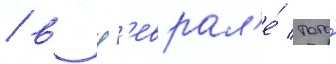
/ в ф'еврал'е́ того́